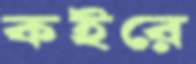
কইরে